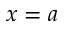
x = a